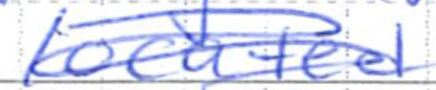
Text: located
Cross-out: scratch
Writing tool: ballpoint